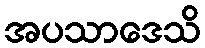
အပသာဒေသိ